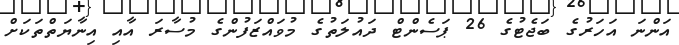
އަންނަ އަހަރުގެ ބަޖެޓުގެ 26 ޕަސެންޓް ދައުލަތުގެ މުވައްޒަފުންގެ މުސާރަ އާއި އިނާޔަތްތަކަށް